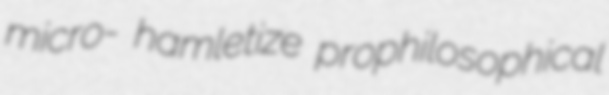
micro- hamletize prophilosophical